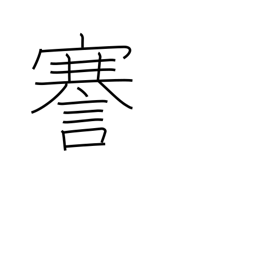
Meaning: speak frankly